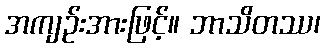
အကျဉ်းအားဖြင့်။ ဘာသိတဿ၊